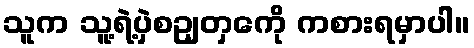
သူက သူ့ရဲ့ပှဲစဥျတှကေို ကစားရမှာပါ။